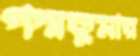
পদ্মকুমার